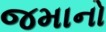
જમાનો